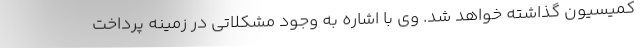
کمیسیون گذاشته خواهد شد. وی با اشاره به وجود مشکلاتی در زمینه پرداخت